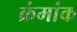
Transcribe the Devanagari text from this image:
क्रंमांक